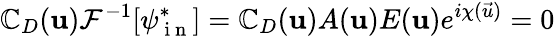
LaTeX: \mathbb{C}_{D}(\mathbf{{u}})\mathcal{{F}}^{-1}[\psi_{\mathrm{{~i~n~}}}^{*}]=\mathbb{C}_{D}(\mathbf{{u}})A(\mathbf{{u}})E(\mathbf{{u}})e^{i\chi(\vec{{u}})}=0